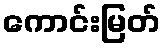
ကောင်းမြတ်